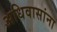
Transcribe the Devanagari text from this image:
अधिवासांना